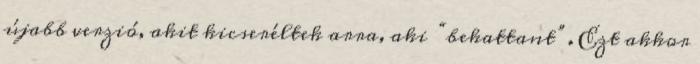
újabb verzió, akit kicseréltek arra, aki “bekattant”. Ezt akkor